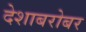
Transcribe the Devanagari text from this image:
देशाबरोबर